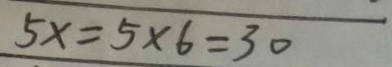
5 x = 5 \times 6 = 3 0